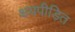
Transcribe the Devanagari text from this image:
क्षयपीड़ित